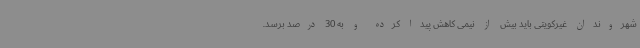
شهروندان غیرکویتی باید بیش از نیمی کاهش پیدا کرده و به 30 درصد برسد.